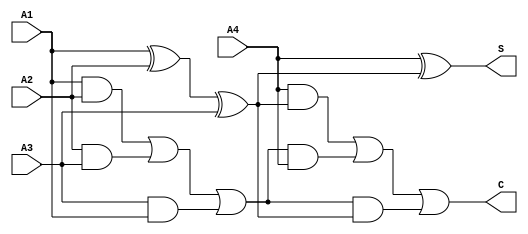
module CarrySaveAdder (
    input [n-1:0] A1,
    input [n-1:0] A2,
    input [n-1:0] A3,
    input [n-1:0] A4,
    output [n-1:0] S, // Final sum output
    output [n-1:0] C  // Final carry output
);
    parameter n = 8; // Bit width of inputs

    // Intermediate sums and carries
    wire [n-1:0] sum1, sum2;
    wire [n-1:0] carry1, carry2;
    
    // First level of CSA
    assign sum1 = A1 ^ A2 ^ A3;  // Sum from first three inputs
    assign carry1 = (A1 & A2) | (A2 & A3) | (A3 & A1); // Carry from first three inputs

    assign sum2 = A4 ^ sum1;    // Sum with the fourth input
    assign carry2 = (A4 & sum1) | (carry1 & A4) | (carry1 & sum1); // Final carry calculation

    // Final outputs
    assign S = sum2; // Final sum
    assign C = carry2; // Final carry

endmodule